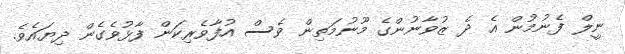
ނީލް ފެނުމުން އެ ދެ ޒުވާނުންގެ މޫނުމަތިން ވެސް އުފާވެރިކަން ފާޅުވެގެން ދިޔައެވެ.